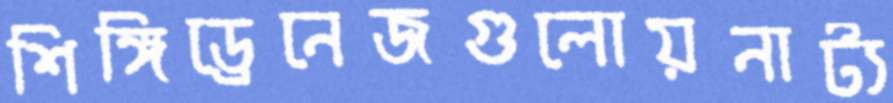
শিঙ্গিড্রেনেজগুলোয়নাট্য